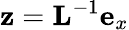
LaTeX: \mathbf{z}=\mathbf{L}^{-1}\mathbf{e}_{x}